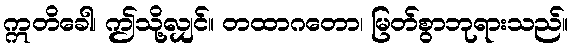
ဣတိခေါ၊ ဤသို့လျှင်။ တထာဂတော၊ မြတ်စွာဘုရားသည်။